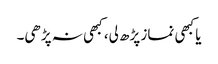
یا کبھی نماز پڑھ لی، کبھی نہ پڑھی۔